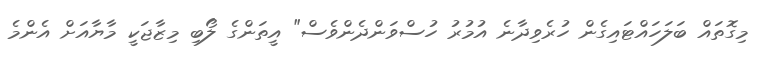
މިގޮތައް ބަލަހައްޓައިގެން ހުރެވިދާނެ އުމުރު ހުސްވަންދެންވެސް" އީތަންގެ ލޯބި މިޒާޖަކީ މާޔާއަށް އެންމެ